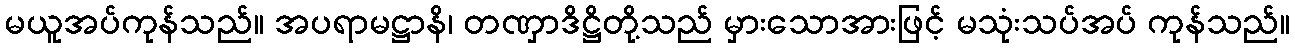
မယူအပ်ကုန်သည်။ အပရာမဋ္ဌာနိ၊ တဏှာဒိဋ္ဌိတို့သည် မှားသောအားဖြင့် မသုံးသပ်အပ် ကုန်သည်။